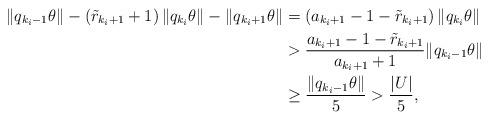
LaTeX: \begin{align*}\| q_{k_i -1} \theta \| - \left( \tilde r_{k_i+1} +1 \right) \| q_{k_i}\theta \| - \| q_{k_i+1}\theta \| &= \left(a_{k_i+1} -1 - \tilde r_{k_i+1} \right) \| q_{k_i}\theta \| \\&> \frac{a_{k_i+1} -1 - \tilde r_{k_i+1} }{a_{k_i+1} + 1} \| q_{k_i-1}\theta \| \\&\ge \frac {\| q_{k_i-1}\theta \|}{5} > \frac{|U|}{5},\end{align*}